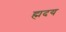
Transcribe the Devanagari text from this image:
ह्मदय